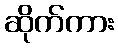
ဆိုက်ကား